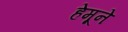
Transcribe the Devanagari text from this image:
हेमूने